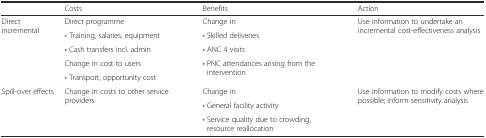
|  | Costs | Benefits | Action |
 | --- | --- | --- | --- |
 | <ROWSPAN=5> Direct incremental | Direct programme | Change in | <ROWSPAN=5> Use information to undertake an incremental cost-effectiveness analysis |
 | • Training, salaries, equipment | • Skilled deliveries |
 | • Cash transfers incl. admin | • ANC 4 visits |
 | Change in cost to users | <ROWSPAN=2> • PNC attendances arising from the intervention |
 | • Transport, opportunity cost |
 | <ROWSPAN=3> Spill-over effects | <ROWSPAN=3> Change in costs to other service providers | Change in | <ROWSPAN=3> Use information to modify costs where possible; inform sensitivity analysis |
 | • General facility activity |
 | • Service quality due to crowding, resource reallocation |